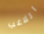
اللاعب